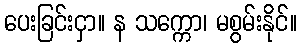
ပေးခြင်းငှာ။ န သက္ကော၊ မစွမ်းနိုင်။